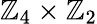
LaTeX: \mathbb{Z}_{4}\times\mathbb{Z}_{2}